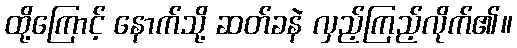
ထို့ကြောင့် နောက်သို့ ဆတ်ခနဲ လှည့်ကြည့်လိုက်၏။